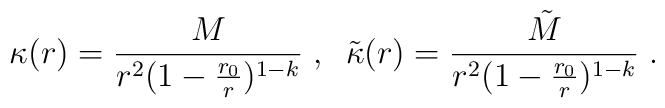
\kappa (r) = \frac{M}{r^2(1 - \frac{r_0}{r})^{1 - k} }  \; , \; \;\tilde{\kappa} (r) =\frac{\tilde{M}}{r^2 (1 - \frac{r_0}{r})^{1 - k} }  \; .